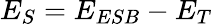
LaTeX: E_{S}=E_{ESB}-E_{T}